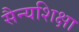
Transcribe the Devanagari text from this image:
सैन्यशिक्षा